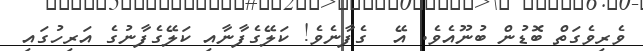
ވެރިވެގަތް ބޮޑުން ބުނޫއެވެ. އޭ  ގެފާނެވެ! ކަލޭގެފާނާއި ކަލޭގެފާނުގެ އަރިހުގައި